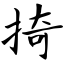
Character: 掎